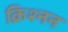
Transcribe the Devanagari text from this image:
क्रिश्नन